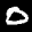
Label: 0